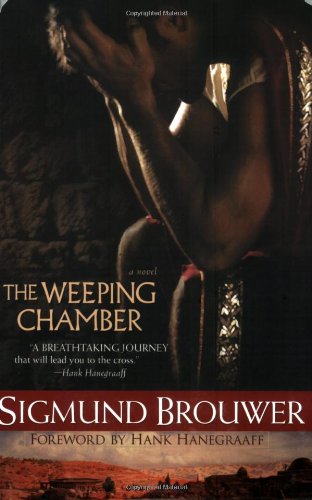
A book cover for The Weeping Chamber; Sigmund Brouwer; Christian Books & Bibles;